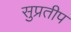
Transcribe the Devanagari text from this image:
सुप्रतीप